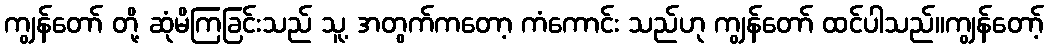
ကျွန်တော် တို့ ဆုံမိကြခြင်းသည် သူ့ အတွက်ကတော့ ကံကောင်း သည်ဟု ကျွန်တော် ထင်ပါသည်။ကျွန်တော့်